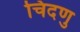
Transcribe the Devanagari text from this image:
चिदणु